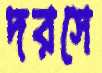
দরসে